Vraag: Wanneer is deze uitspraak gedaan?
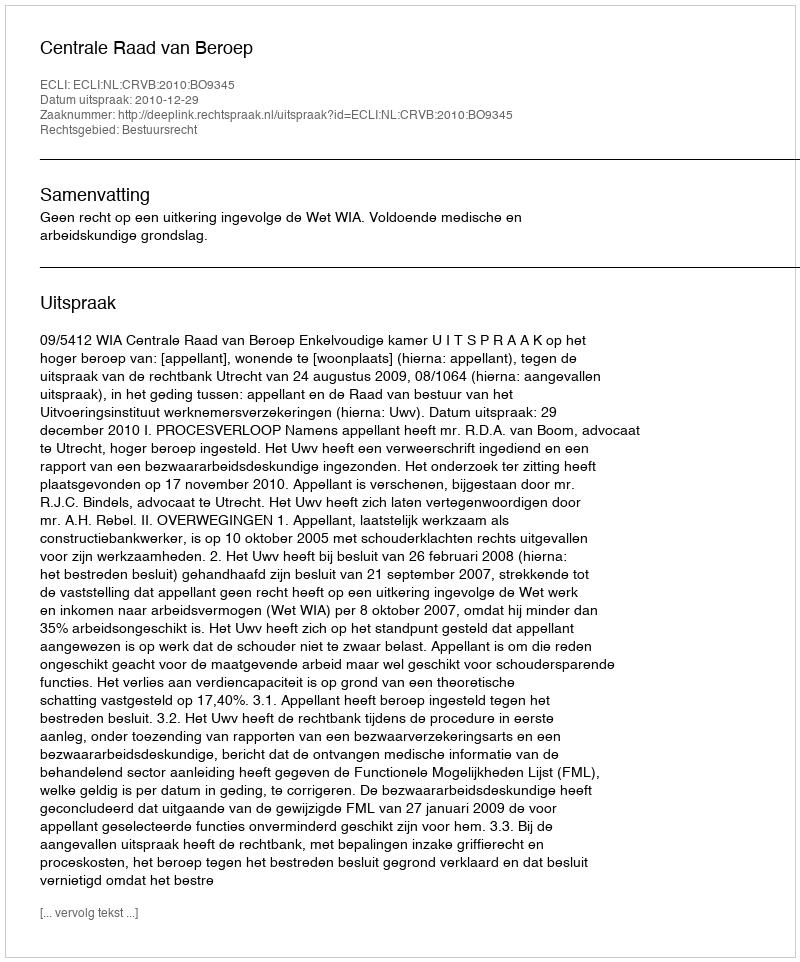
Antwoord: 2010-12-29